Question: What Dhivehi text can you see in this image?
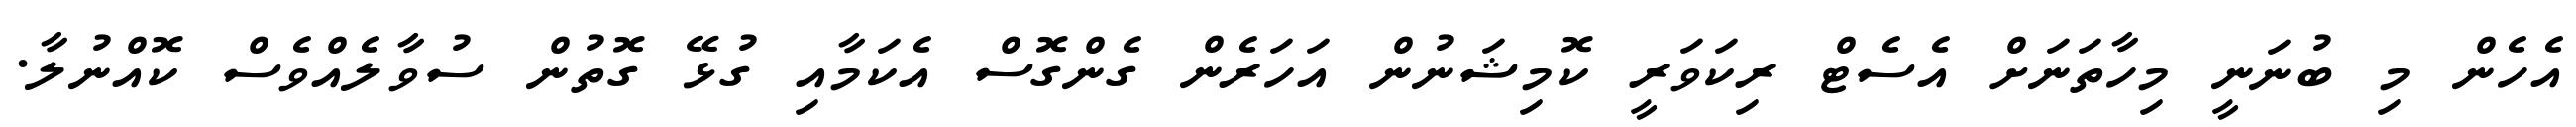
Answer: އެހެން މި ބުނަނީ މިހާތަނަށް އެސެޓް ރިކަވަރީ ކޮމިޝަނުން އަހަރެން ގެންގޮސް އެކަމާއި ގުޅޭ ގޮތުން ސުވާލެއްވެސް ކޮއްނުލާ.